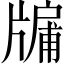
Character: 牖